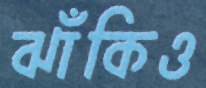
ঝাঁকিও